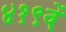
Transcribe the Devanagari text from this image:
४१९वें